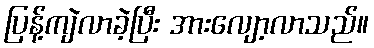
ပြန့်ကျဲလာခဲ့ပြီး အားလျော့လာသည်။